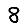
Digit: 8